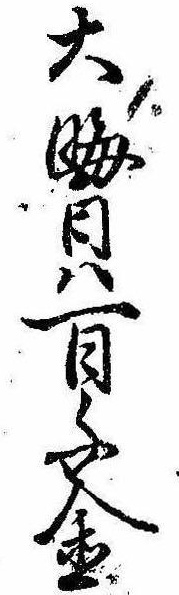
大晦日は一日千金